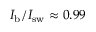
I _ { \mathrm { b } } / I _ { \mathrm { s w } } \approx 0 . 9 9